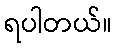
ရပါတယ်။